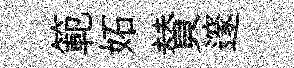
範妬賛邃